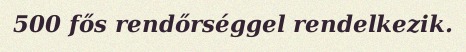
500 fős rendőrséggel rendelkezik.